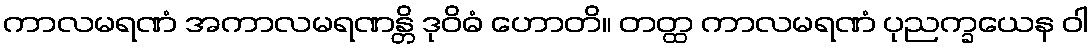
ကာလမရဏံ အကာလမရဏန္တိ ဒုဝိဓံ ဟောတိ။ တတ္ထ ကာလမရဏံ ပုညက္ခယေန ဝါ